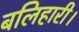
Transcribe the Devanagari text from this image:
बलिहारी।